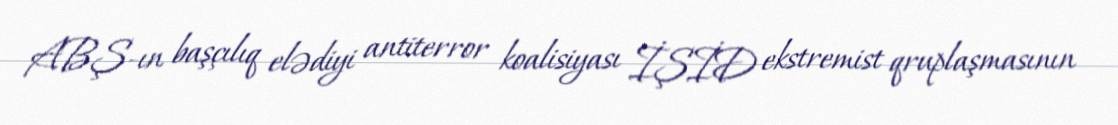
ABŞ-ın başçılıq elədiyi antiterror koalisiyası İŞİD ekstremist qruplaşmasının